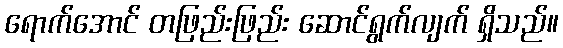
ရောက်အောင် တဖြည်းဖြည်း ဆောင်ရွက်လျက် ရှိသည်။